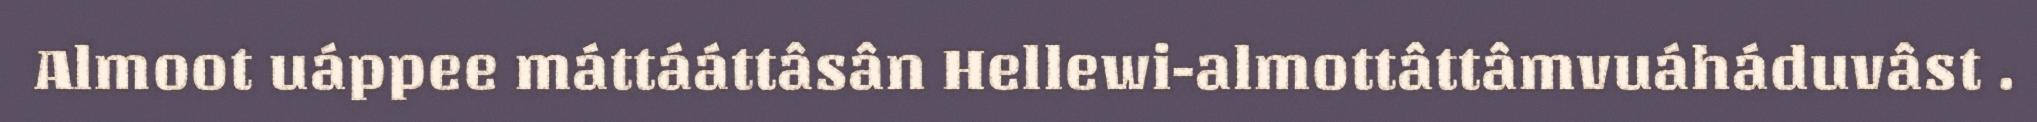
Almoot uáppee máttááttâsân Hellewi-almottâttâmvuáháduvâst .